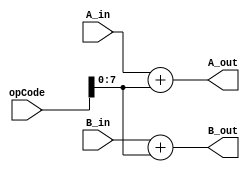
// Andrew Doucet
// Spencer Dugas

// INC instruction
module INC (A_in, B_in, opCode, A_out, B_out);

    // I/O
    input [15:0] A_in,B_in,opCode;
    output [15:0] A_out, B_out;

    // Increments
    assign A_out = A_in + opCode [7:0];
    assign B_out = B_in + opCode [7:0];

endmodule